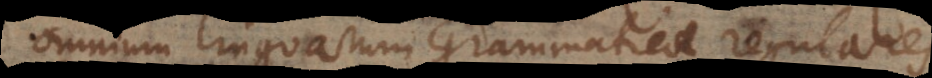
omnium linguarum Grammaticae regulares